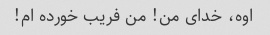
اوه، خدای من! من فریب خورده ام!